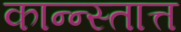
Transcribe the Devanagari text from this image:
कान्न्स्तात्त